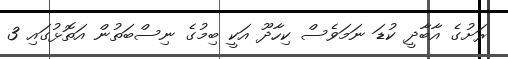
ރަށުގެ އާބާދީ ކުޑަ ނަމަވެސް ކިހާދޫ އަކީ ބިމުގެ ނިސްބަތުން އަތޮޅުގައި 3